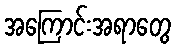
အကြောင်းအရာတွေ